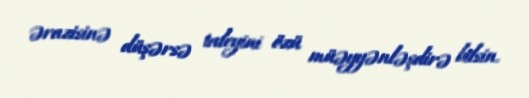
ərazisinə düşərsə taleyini özü müəyyənləşdirə bilsin.